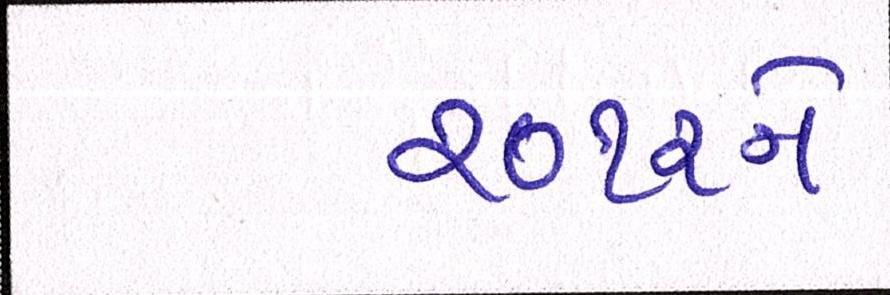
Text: ૨૦૧૨ને